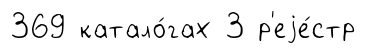
369 катало́гах 3 р'еjе́стр